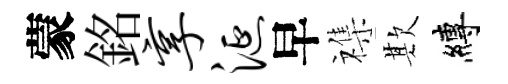
蒙銘享涎早襍欺縛